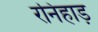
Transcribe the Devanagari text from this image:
रनिहाड़